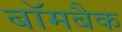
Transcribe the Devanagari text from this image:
बॉमबैक